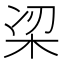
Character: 𭩮